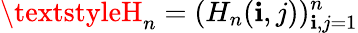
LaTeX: \textstyleH_{n}=(H_{n}(\mathbf{i},j))_{\mathbf{i},j=1}^{n}